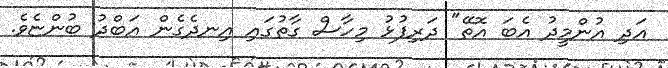
އަދި އުންމީދު އެބަ އޮތޭ" ދަރިފުޅު މިހާސް ގާތުގައި އިނދެގެން އަބްދު ބުންޏެވެ.